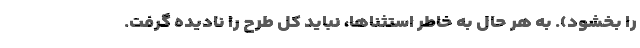
را بخشود). به هر حال به خاطر استثناها، نباید کل طرح را نادیده گرفت.